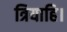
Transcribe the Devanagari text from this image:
त्रियाहि।